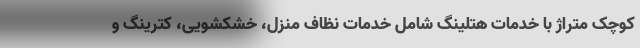
کوچک متراژ با خدمات هتلینگ شامل خدمات نظاف منزل، خشکشویی، کترینگ و